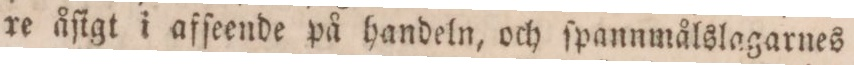
re åſigt i afſeende på handeln, och ſpannmålslagarnes